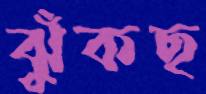
ঝুঁকছ